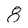
Character: 8